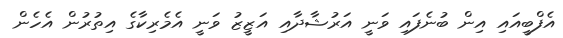
އެފްބީއައި އިން ބުނެފައި ވަނީ އަރުޝާދާއި އަޒީޒު ވަނީ އެމެރިކާގެ އިތުރުން އެހެން